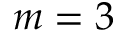
m = 3